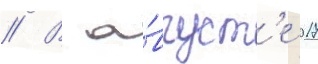
// В а́вгуст'е 2017